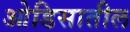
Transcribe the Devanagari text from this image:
ओडिसातील